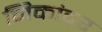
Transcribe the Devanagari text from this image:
निकांदर